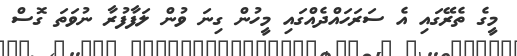
މީގެ ތެރޭގައި އެ ސަރަހައްދެއްގައި މީހުން ގިނަ ވުން ލަފާފުރާ ނުވަތަ ގޮސް